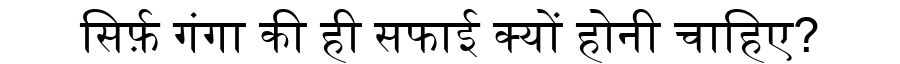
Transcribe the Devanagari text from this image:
सिर्फ़ गंगा की ही सफाई क्यों होनी चाहिए?